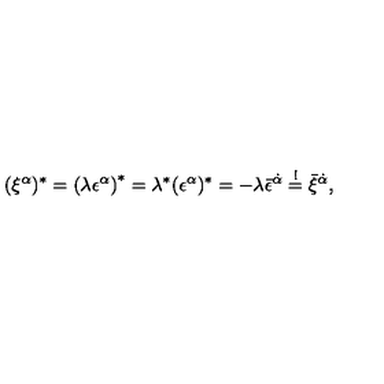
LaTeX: ( \xi ^ { \alpha } ) ^ { * } = \left( \lambda \epsilon ^ { \alpha } \right) ^ { * } = \lambda ^ { * } ( \epsilon ^ { \alpha } ) ^ { * } = - \lambda \bar { \epsilon } ^ { \dot { \alpha } } \stackrel { ! } { = } \bar { \xi } ^ { \dot { \alpha } } ,